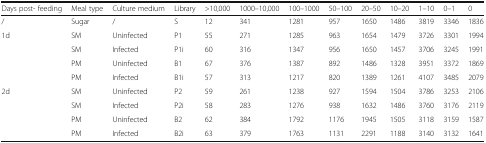
<table><thead><tr><td><b>Days post- feeding</b></td><td><b>Meal type</b></td><td><b>Culture medium</b></td><td><b>Library</b></td><td><b>&gt;10,000</b></td><td><b>1000–10,000</b></td><td><b>100–1000</b></td><td><b>50–100</b></td><td><b>20–50</b></td><td><b>10–20</b></td><td><b>1–10</b></td><td><b>0–1</b></td><td><b>0</b></td></tr></thead><tbody><tr><td>/</td><td>Sugar</td><td>/</td><td>S</td><td>12</td><td>341</td><td>1281</td><td>957</td><td>1650</td><td>1486</td><td>3819</td><td>3346</td><td>1836</td></tr><tr><td rowspan="4">1d</td><td>SM</td><td>Uninfected</td><td>P1</td><td>55</td><td>271</td><td>1285</td><td>963</td><td>1654</td><td>1479</td><td>3726</td><td>3301</td><td>1994</td></tr><tr><td>SM</td><td>Infected</td><td>P1i</td><td>60</td><td>316</td><td>1347</td><td>956</td><td>1650</td><td>1457</td><td>3706</td><td>3245</td><td>1991</td></tr><tr><td>PM</td><td>Uninfected</td><td>B1</td><td>67</td><td>376</td><td>1387</td><td>892</td><td>1486</td><td>1328</td><td>3951</td><td>3372</td><td>1869</td></tr><tr><td>PM</td><td>Infected</td><td>B1i</td><td>57</td><td>313</td><td>1217</td><td>820</td><td>1389</td><td>1261</td><td>4107</td><td>3485</td><td>2079</td></tr><tr><td rowspan="4">2d</td><td>SM</td><td>Uninfected</td><td>P2</td><td>59</td><td>261</td><td>1238</td><td>927</td><td>1594</td><td>1504</td><td>3786</td><td>3253</td><td>2106</td></tr><tr><td>SM</td><td>Infected</td><td>P2i</td><td>58</td><td>283</td><td>1276</td><td>938</td><td>1632</td><td>1486</td><td>3760</td><td>3176</td><td>2119</td></tr><tr><td>PM</td><td>Uninfected</td><td>B2</td><td>62</td><td>384</td><td>1792</td><td>1176</td><td>1945</td><td>1505</td><td>3118</td><td>3159</td><td>1587</td></tr><tr><td>PM</td><td>Infected</td><td>B2i</td><td>63</td><td>379</td><td>1763</td><td>1131</td><td>2291</td><td>1188</td><td>3140</td><td>3132</td><td>1641</td></tr></tbody></table>